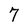
Character: 7